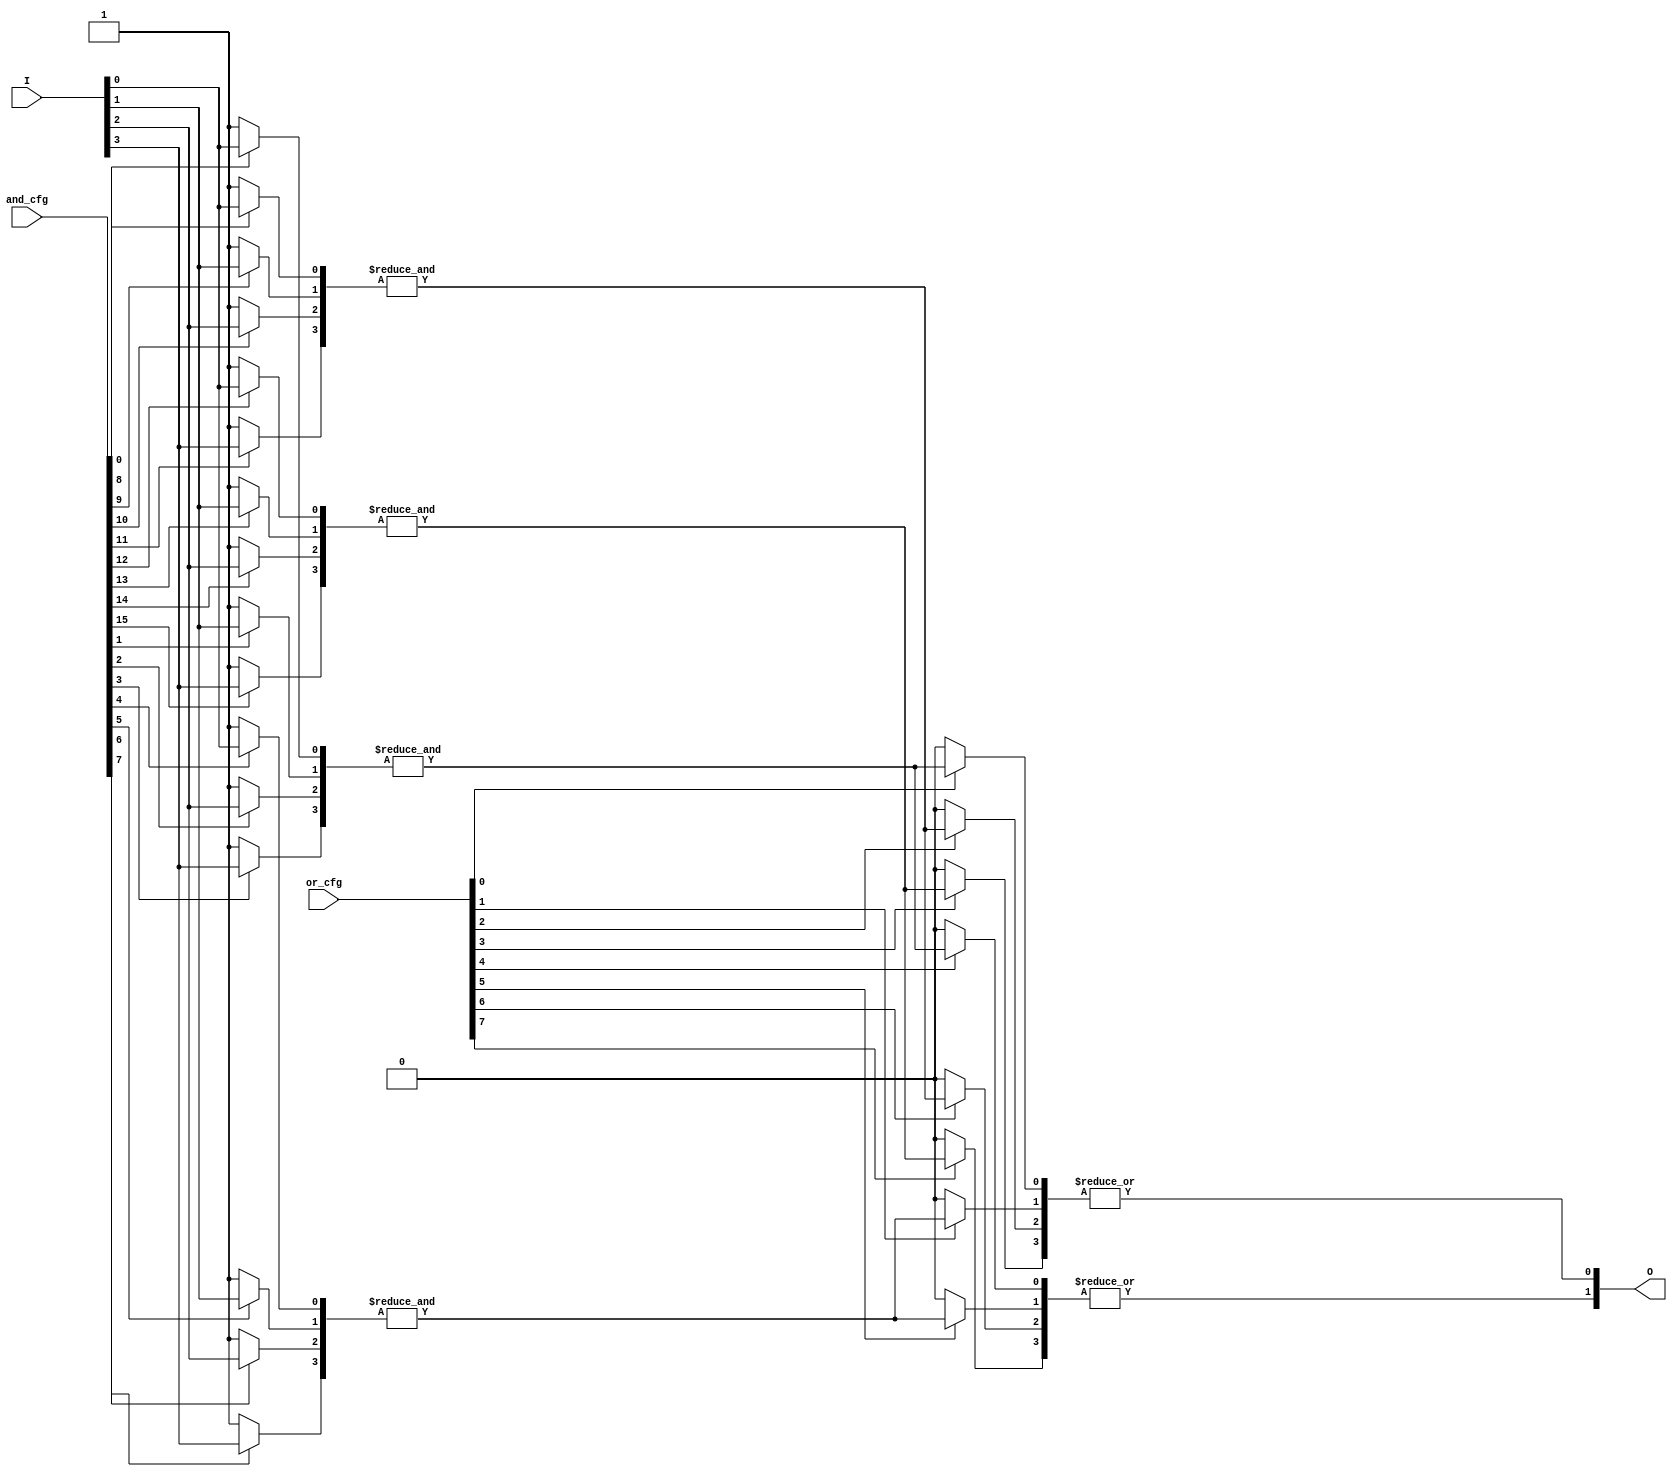
module SPAL #(
    parameter N = 4, // Number of input signals
    parameter K = 4, // Number of product terms (AND gates)
    parameter L = 2   // Number of output signals (OR gates)
)(
    input wire [N-1:0] I,          // Input signals
    input wire [K*N-1:0] and_cfg,  // Configuration for AND gates
    input wire [L*K-1:0] or_cfg,    // Configuration for OR gates
    output wire [L-1:0] O          // Output signals
);

    // Intermediate product terms from AND gates
    wire [K-1:0] product_terms;

    // Programmable AND array
    genvar i, j;
    generate
        for (i = 0; i < K; i = i + 1) begin : and_array
            wire [N-1:0] and_inputs;
            // Select inputs based on configuration
            for (j = 0; j < N; j = j + 1) begin : input_select
                assign and_inputs[j] = and_cfg[i*N + j] ? I[j] : 1'b1; // 1'b1 for unconnected
            end
            assign product_terms[i] = &and_inputs; // AND operation
        end
    endgenerate

    // Programmable OR array
    generate
        for (i = 0; i < L; i = i + 1) begin : or_array
            wire [K-1:0] or_inputs;
            // Select product terms based on configuration
            for (j = 0; j < K; j = j + 1) begin : term_select
                assign or_inputs[j] = or_cfg[i*K + j] ? product_terms[j] : 1'b0; // 1'b0 for unconnected
            end
            assign O[i] = |or_inputs; // OR operation
        end
    endgenerate

endmodule